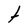
Character: t